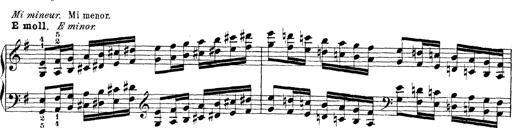
Title: Technische Studien
Composer: Franz Liszt